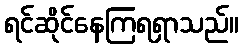
ရင်ဆိုင်နေကြရရှာသည်။